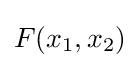
F(x_{1},x_{2})